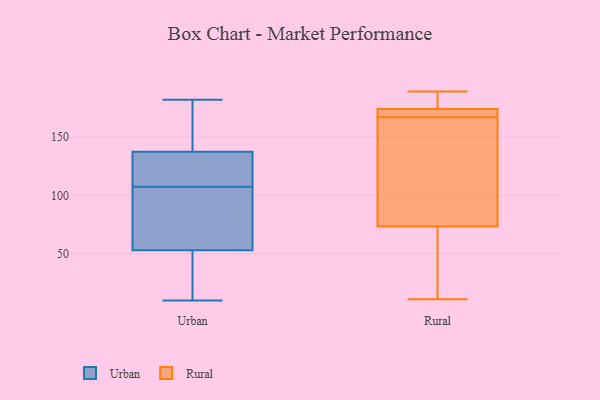
{"axis": {"x": "Population (Million)", "y": "Value"}, "legend": ["Rural", "Urban"], "data": [{"x": "", "y": 93, "type": "Urban"}, {"x": "", "y": 182, "type": "Urban"}, {"x": "", "y": 107, "type": "Urban"}, {"x": "", "y": 53, "type": "Urban"}, {"x": "", "y": 108, "type": "Urban"}, {"x": "", "y": 53, "type": "Urban"}, {"x": "", "y": 121, "type": "Urban"}, {"x": "", "y": 156, "type": "Urban"}, {"x": "", "y": 13, "type": "Urban"}, {"x": "", "y": 145, "type": "Urban"}, {"x": "", "y": 10, "type": "Urban"}, {"x": "", "y": 130, "type": "Urban"}, {"x": "", "y": 67, "type": "Rural"}, {"x": "", "y": 174, "type": "Rural"}, {"x": "", "y": 185, "type": "Rural"}, {"x": "", "y": 189, "type": "Rural"}, {"x": "", "y": 174, "type": "Rural"}, {"x": "", "y": 168, "type": "Rural"}, {"x": "", "y": 170, "type": "Rural"}, {"x": "", "y": 167, "type": "Rural"}, {"x": "", "y": 11, "type": "Rural"}, {"x": "", "y": 68, "type": "Rural"}, {"x": "", "y": 135, "type": "Rural"}, {"x": "", "y": 75, "type": "Rural"}, {"x": "", "y": 165, "type": "Rural"}]}